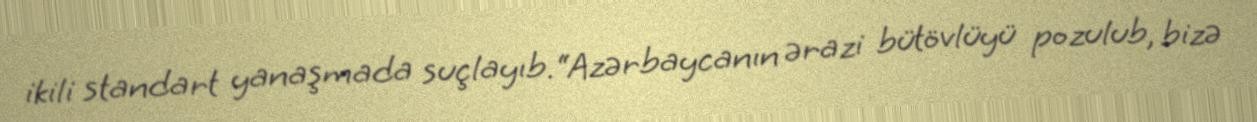
ikili standart yanaşmada suçlayıb.“Azərbaycanın ərazi bütövlüyü pozulub, bizə